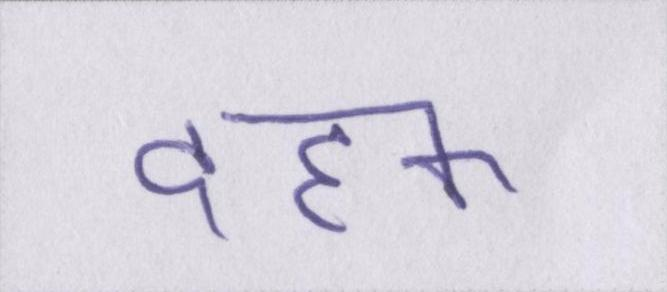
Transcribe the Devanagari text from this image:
दहक